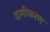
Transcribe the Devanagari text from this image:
दागीकरण